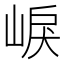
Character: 𡸒